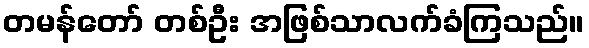
တမန်တော် တစ်ဦး အဖြစ်သာလက်ခံကြသည်။